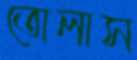
তোলাস